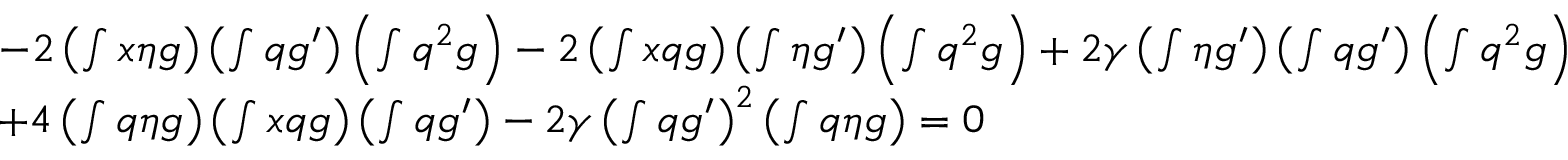
\begin{array} { r l } & { - 2 \left( \int x \eta g \right) \left( \int q g ^ { \prime } \right) \left( \int q ^ { 2 } g \right) - 2 \left( \int x q g \right) \left( \int \eta g ^ { \prime } \right) \left( \int q ^ { 2 } g \right) + 2 \gamma \left( \int \eta g ^ { \prime } \right) \left( \int q g ^ { \prime } \right) \left( \int q ^ { 2 } g \right) } \\ & { + 4 \left( \int q \eta g \right) \left( \int x q g \right) \left( \int q g ^ { \prime } \right) - 2 \gamma \left( \int q g ^ { \prime } \right) ^ { 2 } \left( \int q \eta g \right) = 0 } \end{array}